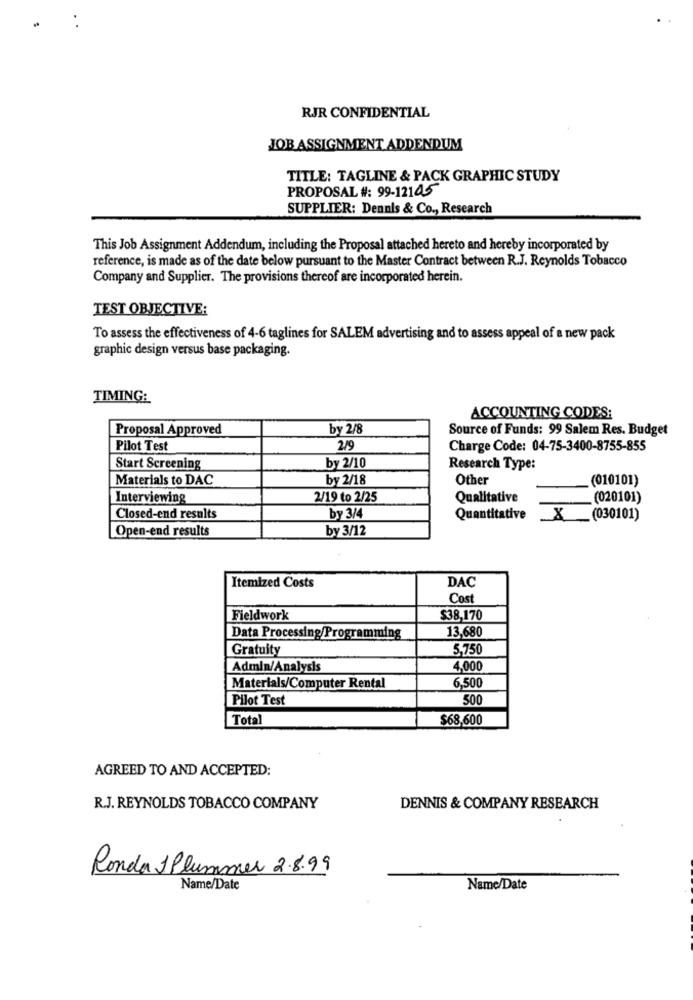
RJR CONFIDENTIAL
JOB ASSIGNMENT ADDENDUM
TITLE: TAGLINE & PACK GRAPHIC STUDY
PROPOSAL #: 99-12105
SUPPLIER: Dennis & Co ., Research
This Job Assignment Addendum, including the Proposal attached hereto and hereby incorporated by
reference, is made as of the date below pursuant to the Master Contract between R.J. Reynolds Tobacco
Company and Supplier. The provisions thereof are incorporated herein.
TEST OBJECTIVE:
To assess the effectiveness of 4-6 taglines for SALEM advertising and to assess appeal of a new pack
graphic design versus base packaging.
TIMING:
ACCOUNTING CODES:
Proposal Approved
by 2/8
Source of Funds: 99 Salem Res. Budget
Pilot Test
2/9
Charge Code: 04-75-3400-8755-855
Start Screening
by 2/10
Research Type:
Materials to DAC
by 2/18
Other
(010101)
Interviewing
2/19 to 2/25
Qualitative
(020101)
Closed-end results
by 3/4
Quantitative
8
_(030101)
Open-end results
by 3/12
DAC
Itemized Costs
Cost
Fieldwork
$38,170
13,680
Data Processing/Programming
Gratuity
5,750
Admin/Analysis
4,000
Materials/Computer Rental
6,500
Pilot Test
500
Total
$68,600
AGREED TO AND ACCEPTED:
R.J. REYNOLDS TOBACCO COMPANY
DENNIS & COMPANY RESEARCH
Ronda 1 Plummer 2.8.99
Name/Date
Name/Date